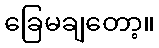
ခြေမချတော့။